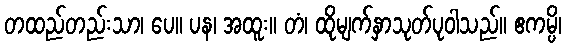
တထည်တည်းသာ၊ ပေ။ ပန၊ အထူး။ တံ၊ ထိုမျက်နှာသုတ်ပုဝါသည်။ ဧကမ္ပိ၊